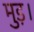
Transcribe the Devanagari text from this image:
मुड़।